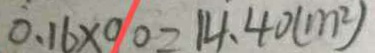
0 . 1 6 \times 9 0 = 1 4 . 4 0 ( m ^ { 2 } )